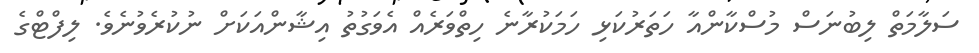
ސަލާމަތް ލިބުނަސް މުސްކާންއާ ހަތަރުކަޅި ހަމަކުރާނެ ހިތްވަރެއް އެވަގުތު އިޝާންއަކަށް ނުކުރެވުނެވެ. ލިފްޓްގެ